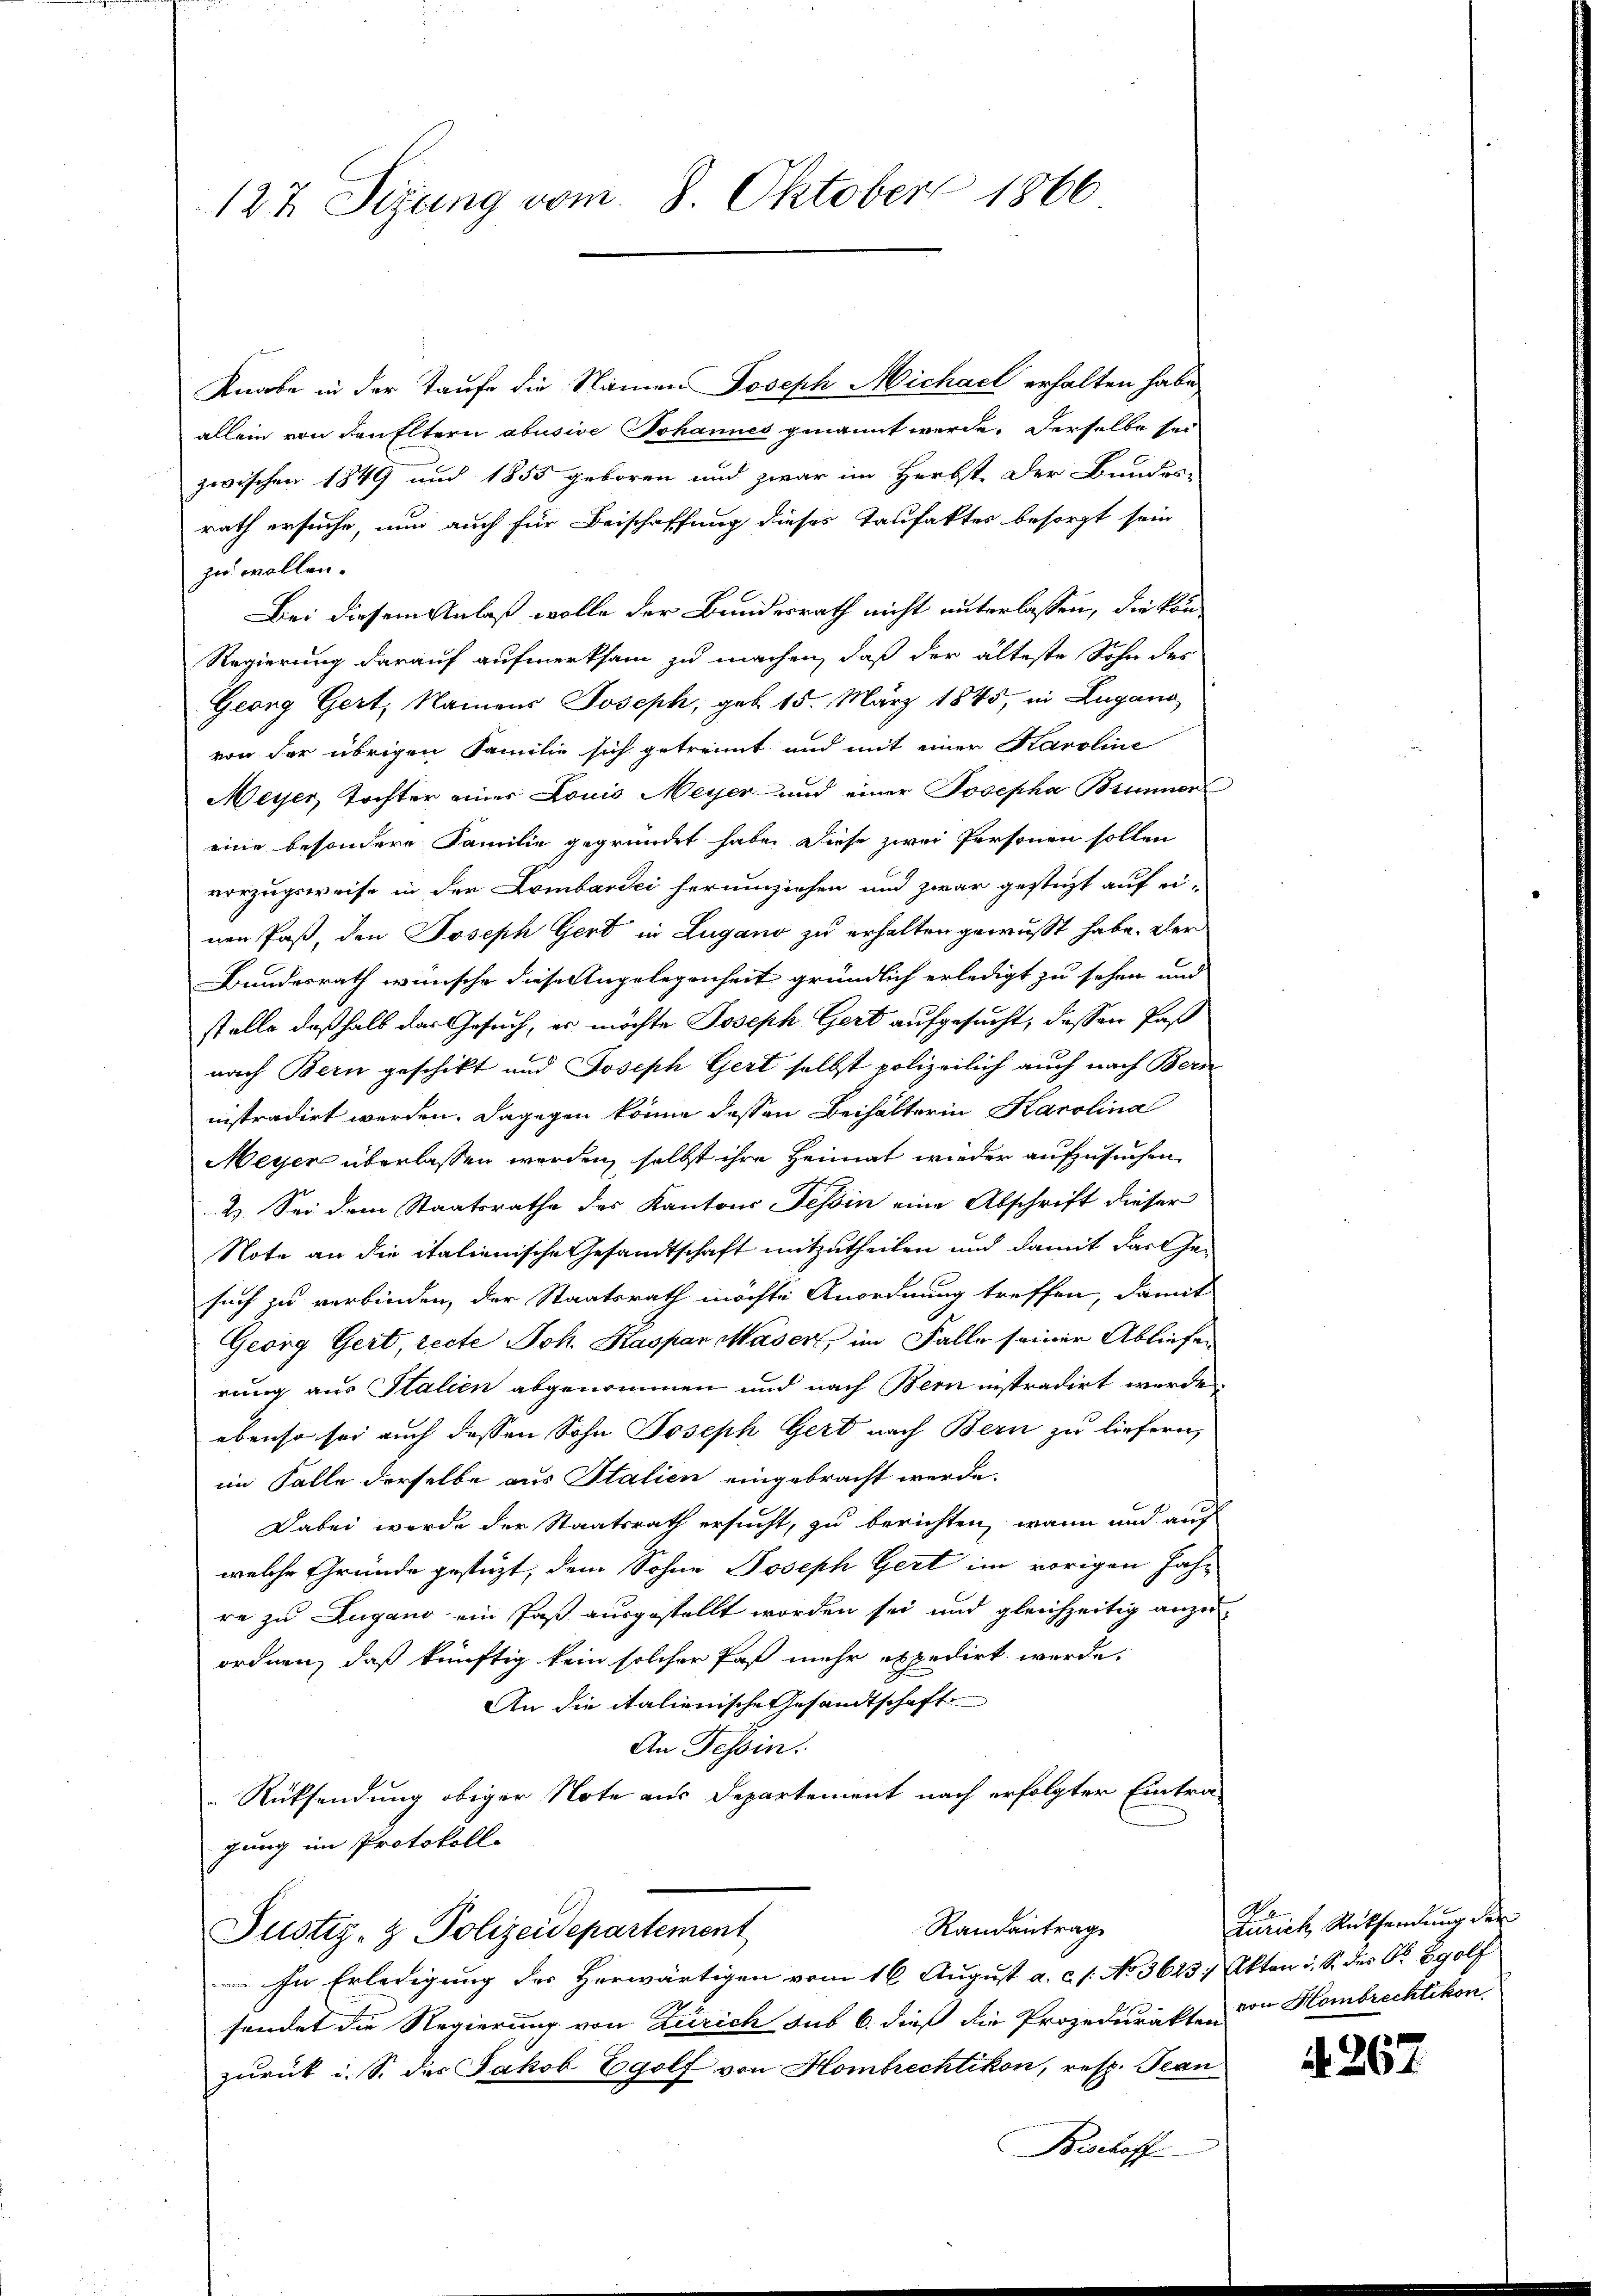
127 Sitzung vom 8. Oktober 1866

Knabe in der Taufe die Namen Joseph Michael erhalten habe,
allein von denfltern abusive Johannes genannt werde. Derselbe sei
zwischen 1849 und 1855 geboren und zwar im Herbst der Bundes-
rath ersuche, nun auch für Beischaffung dieses Taufaktes besorgt sein
zu wollen.
Bei diesem Anlaß wolle der Bundesrath nicht unterlassen, die kon¬
Regierung darauf aufmerksam zu machen, daß der älteste Sohn des
Georg Gert, Namens Joseph, geb. 15. März 1845, in Lugano
von der übrigen Familie sich getrennt und mit einer Karoline
Meyer, Tochter einer Louis Meyer und einer Josepha Brunner
eine besondere Familie gegründet habe. Diese zwei Personen sollen
vorzugsweise in der Lombardi herumziehen und zwar gestigt auf ei-
nen Paß, den Joseph Gerd in Lugano zu erhalten gewusst habe. Der
Bundesrath wünsche diese Angelegenheit gründlich erledigt zu sehen und
stelle deßhalb das Gesuch, er möchte Joseph Gert aufgesucht, dessen Past
nach Bern geschikt und Joseph Gert selbst polizeilich auch nach Bern
nistradirt werden. Dagegen könne dessen Beihalterin Karolina
Meyer überlassen werden, selbst ihre Heimat wieder aufzusuchen
2. Sei dem Staatsrathe des Kantons Tessin eine Abschrift dieser
Note an die italienische Gesandtschaft mitzutheilen und damit das Gesuch zu verbinden, der Staatsrath möchte Anordnung treffen, damit
Georg Gert, recte Joh. Kaspar Maser, im Falle seiner Abliefen
rung aus Italien abgenommen und nach Bern instradirt werde
ebenso sei auch dessen Sohn Joseph Gert nach Bern zu liefern,
im Falle derselbe aus Italien eingebracht werde.
Dabei werde der Staatsrath ersucht, zu berichten, wann und auch
welche Gründe gestüzt, dem Sohne Joseph Gert im vorigen Jahre zu Zugano ein Paß ausgestellt worden sei und gleichzeitig anzu-
ordnen, daß künftig kein solcher Paß mehr expedirt werde.
An die italienische Gesandtschaft
An Tessin.
Rücksendung obiger Note aus Departement nach erfolgter Eintra-
gung im Protokoll.
Randantrag
Justiz- & Polizeidepartement
In Erledigung der Herwärtigen vom 16. August a. c. s. No 3623, Akten u. S. des Dr. Egolf
sendet die Regierung von Zürich sub 6. dieß die Prozedurakten der Hombrechtikon,
zurück i. S. des Jakob Egolf von Hombrechtikon, resp. Bean
Bischoff

Zürich Ruthendung der

A. 267